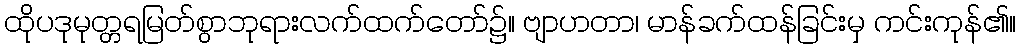
ထိုပဒုမုတ္တရမြတ်စွာဘုရားလက်ထက်တော်၌။ ဗျာဟတာ၊ မာန်ခက်ထန်ခြင်းမှ ကင်းကုန်၏။